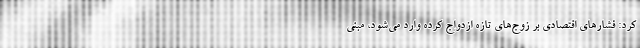
کرد: فشار‌های اقتصادی بر زوج‌های تازه ازدواج کرده وارد می‌شود، مبنی